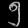
Digit: ၅